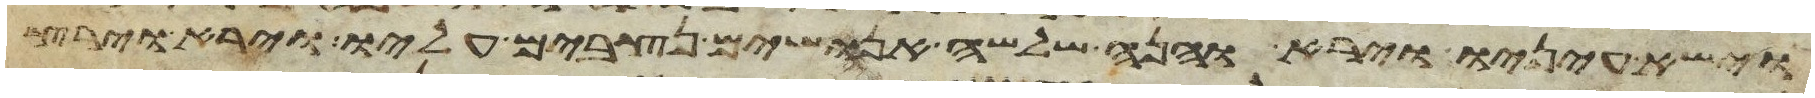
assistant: וישא עיניו וירא והנה שלשה אנושים נצבים עליו וירא וירץ